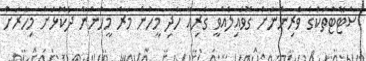
ސްޓޭޓްތަކުގެ ވެރިންނަށް ގޮވައިލެއްވީ ގެރިއާ ހެދި މީހުން މަރާ މީހުންނާ ދެކޮޅަށް މިހާރަށް